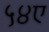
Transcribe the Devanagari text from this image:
५४ए